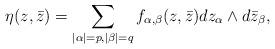
LaTeX: \begin{align*}\eta(z,\bar{z})=\sum_{|\alpha|=p,|\beta|=q}f_{\alpha,\beta}(z,\bar{z})dz_\alpha\wedge d\bar{z}_\beta,\end{align*}